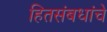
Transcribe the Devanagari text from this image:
हितसंबधांचे